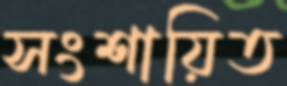
সংশায়িত